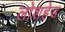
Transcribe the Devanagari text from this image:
लोशहेड